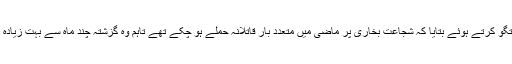
معروف کشمیری صحافی افتخار گیلانی نے ڈی ڈبلیو اردو سے گفتگو کرتے ہوئے بتایا کہ شجاعت بخاری پر ماضی میں متعدد بار قاتلانہ حملے ہو چُکے تھے تاہم وہ گزشتہ چند ماہ سے بہت زیادہ دباؤ میں تھے اور انہیں عدم تحفظ کا احساس شدت سے ہو رہا تھا۔